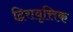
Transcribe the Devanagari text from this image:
द्विरावृत्तिक